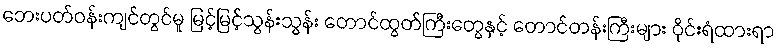
ဘေးပတ်ဝန်းကျင်တွင်မူ မြင့်မြင့်သွန်းသွန်း တောင်ထွတ်ကြီးတွေနှင့် တောင်တန်းကြီးများ ဝိုင်းရံထားရာ